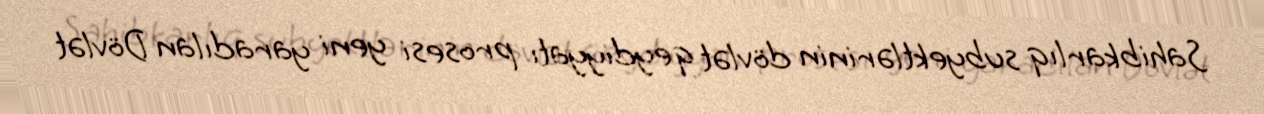
Sahibkarlıq subyektlərinin dövlət qeydiyyatı prosesi yeni yaradılan Dövlət